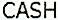
CASH